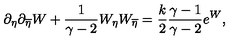
\partial _ { \eta } \partial _ { \overline { { \eta } } } W + { \frac { 1 } { \gamma - 2 } } W _ { \eta } W _ { \overline { { \eta } } } = { \frac { k } { 2 } } { \frac { \gamma - 1 } { \gamma - 2 } } e ^ { W } ,